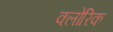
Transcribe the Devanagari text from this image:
क्लोरिक